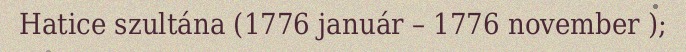
Hatice szultána (1776 január – 1776 november );